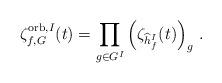
LaTeX: \begin{align*} \zeta^{{\rm orb},I}_{f,G}(t)= \prod\limits_{g\in G^I}\left(\zeta_{\widehat{h}_f^I}(t)\right)_g\,. \end{align*}